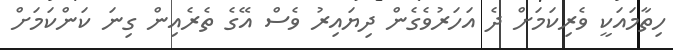
ހިތާމައަކީ ވެރިކަމަށް ދެ އަހަރުވެގެން ދިޔައިރު ވެސް އޭގެ ތެރެއިން ގިނަ ކަންކަމަށް